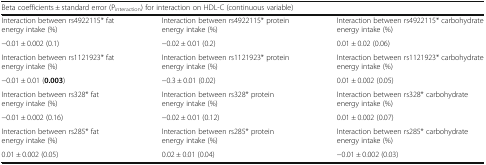
<table><thead><tr><td colspan="3"><b>Beta coefficients ± standard error (P<sub>interaction</sub>) for interaction on HDL-C (continuous variable)</b></td></tr></thead><tbody><tr><td>Interaction between rs4922115* fat energy intake (%)</td><td>Interaction between rs4922115* protein energy intake (%)</td><td>Interaction between rs4922115* carbohydrate energy intake (%)</td></tr><tr><td>−0.01 ± 0.002 (0.1)</td><td>−0.02 ± 0.01 (0.2)</td><td>0.01 ± 0.02 (0.06)</td></tr><tr><td>Interaction between rs1121923* fat energy intake (%)</td><td>Interaction between rs1121923* protein energy intake (%)</td><td>Interaction between rs1121923* carbohydrate energy intake (%)</td></tr><tr><td>−0.01 ± 0.01 (<b>0.003</b>)</td><td>−0.3 ± 0.01 (0.02)</td><td>0.01 ± 0.002 (0.05)</td></tr><tr><td>Interaction between rs328* fat energy intake (%)</td><td>Interaction between rs328* protein energy intake (%)</td><td>Interaction between rs328* carbohydrate energy intake (%)</td></tr><tr><td>−0.01 ± 0.002 (0.16)</td><td>−0.02 ± 0.01 (0.12)</td><td>0.01 ± 0.002 (0.07)</td></tr><tr><td>Interaction between rs285* fat energy intake (%)</td><td>Interaction between rs285* protein energy intake (%)</td><td>Interaction between rs285* carbohydrate energy intake (%)</td></tr><tr><td>0.01 ± 0.002 (0.05)</td><td>0.02 ± 0.01 (0.04)</td><td>−0.01 ± 0.002 (0.03)</td></tr></tbody></table>